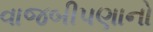
વાજબીપણાનો